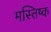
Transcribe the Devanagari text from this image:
मस्त्तिष्क